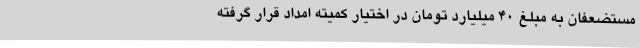
مستضعفان به مبلغ 40 میلیارد تومان در اختیار کمیته امداد قرار گرفته